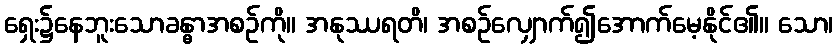
ရှေး၌နေဘူးသောခန္ဓာအစဉ်ကို။ အနုဿရတိ၊ အစဉ်လျှောက်၍အောက်မေ့နိုင်၏။ သော၊